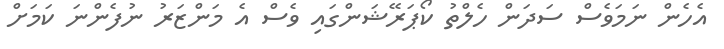
އެހެން ނަމަވެސް ސަދަން ހެލްތު ކޯޕަރޭޝަންގައި ވެސް އެ މަންޒަރު ނުފެންނަ ކަމަށް